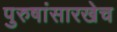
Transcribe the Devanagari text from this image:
पुरुषांसारखेच